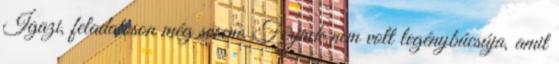
Igazi, feladatoson még sosem. Férjnek nem volt legénybúcsúja, amit